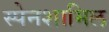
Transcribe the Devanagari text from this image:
स्पेनशामिल